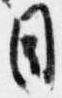
目